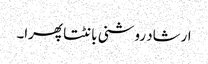
ارشاد روشنی بانٹتا پھرا۔